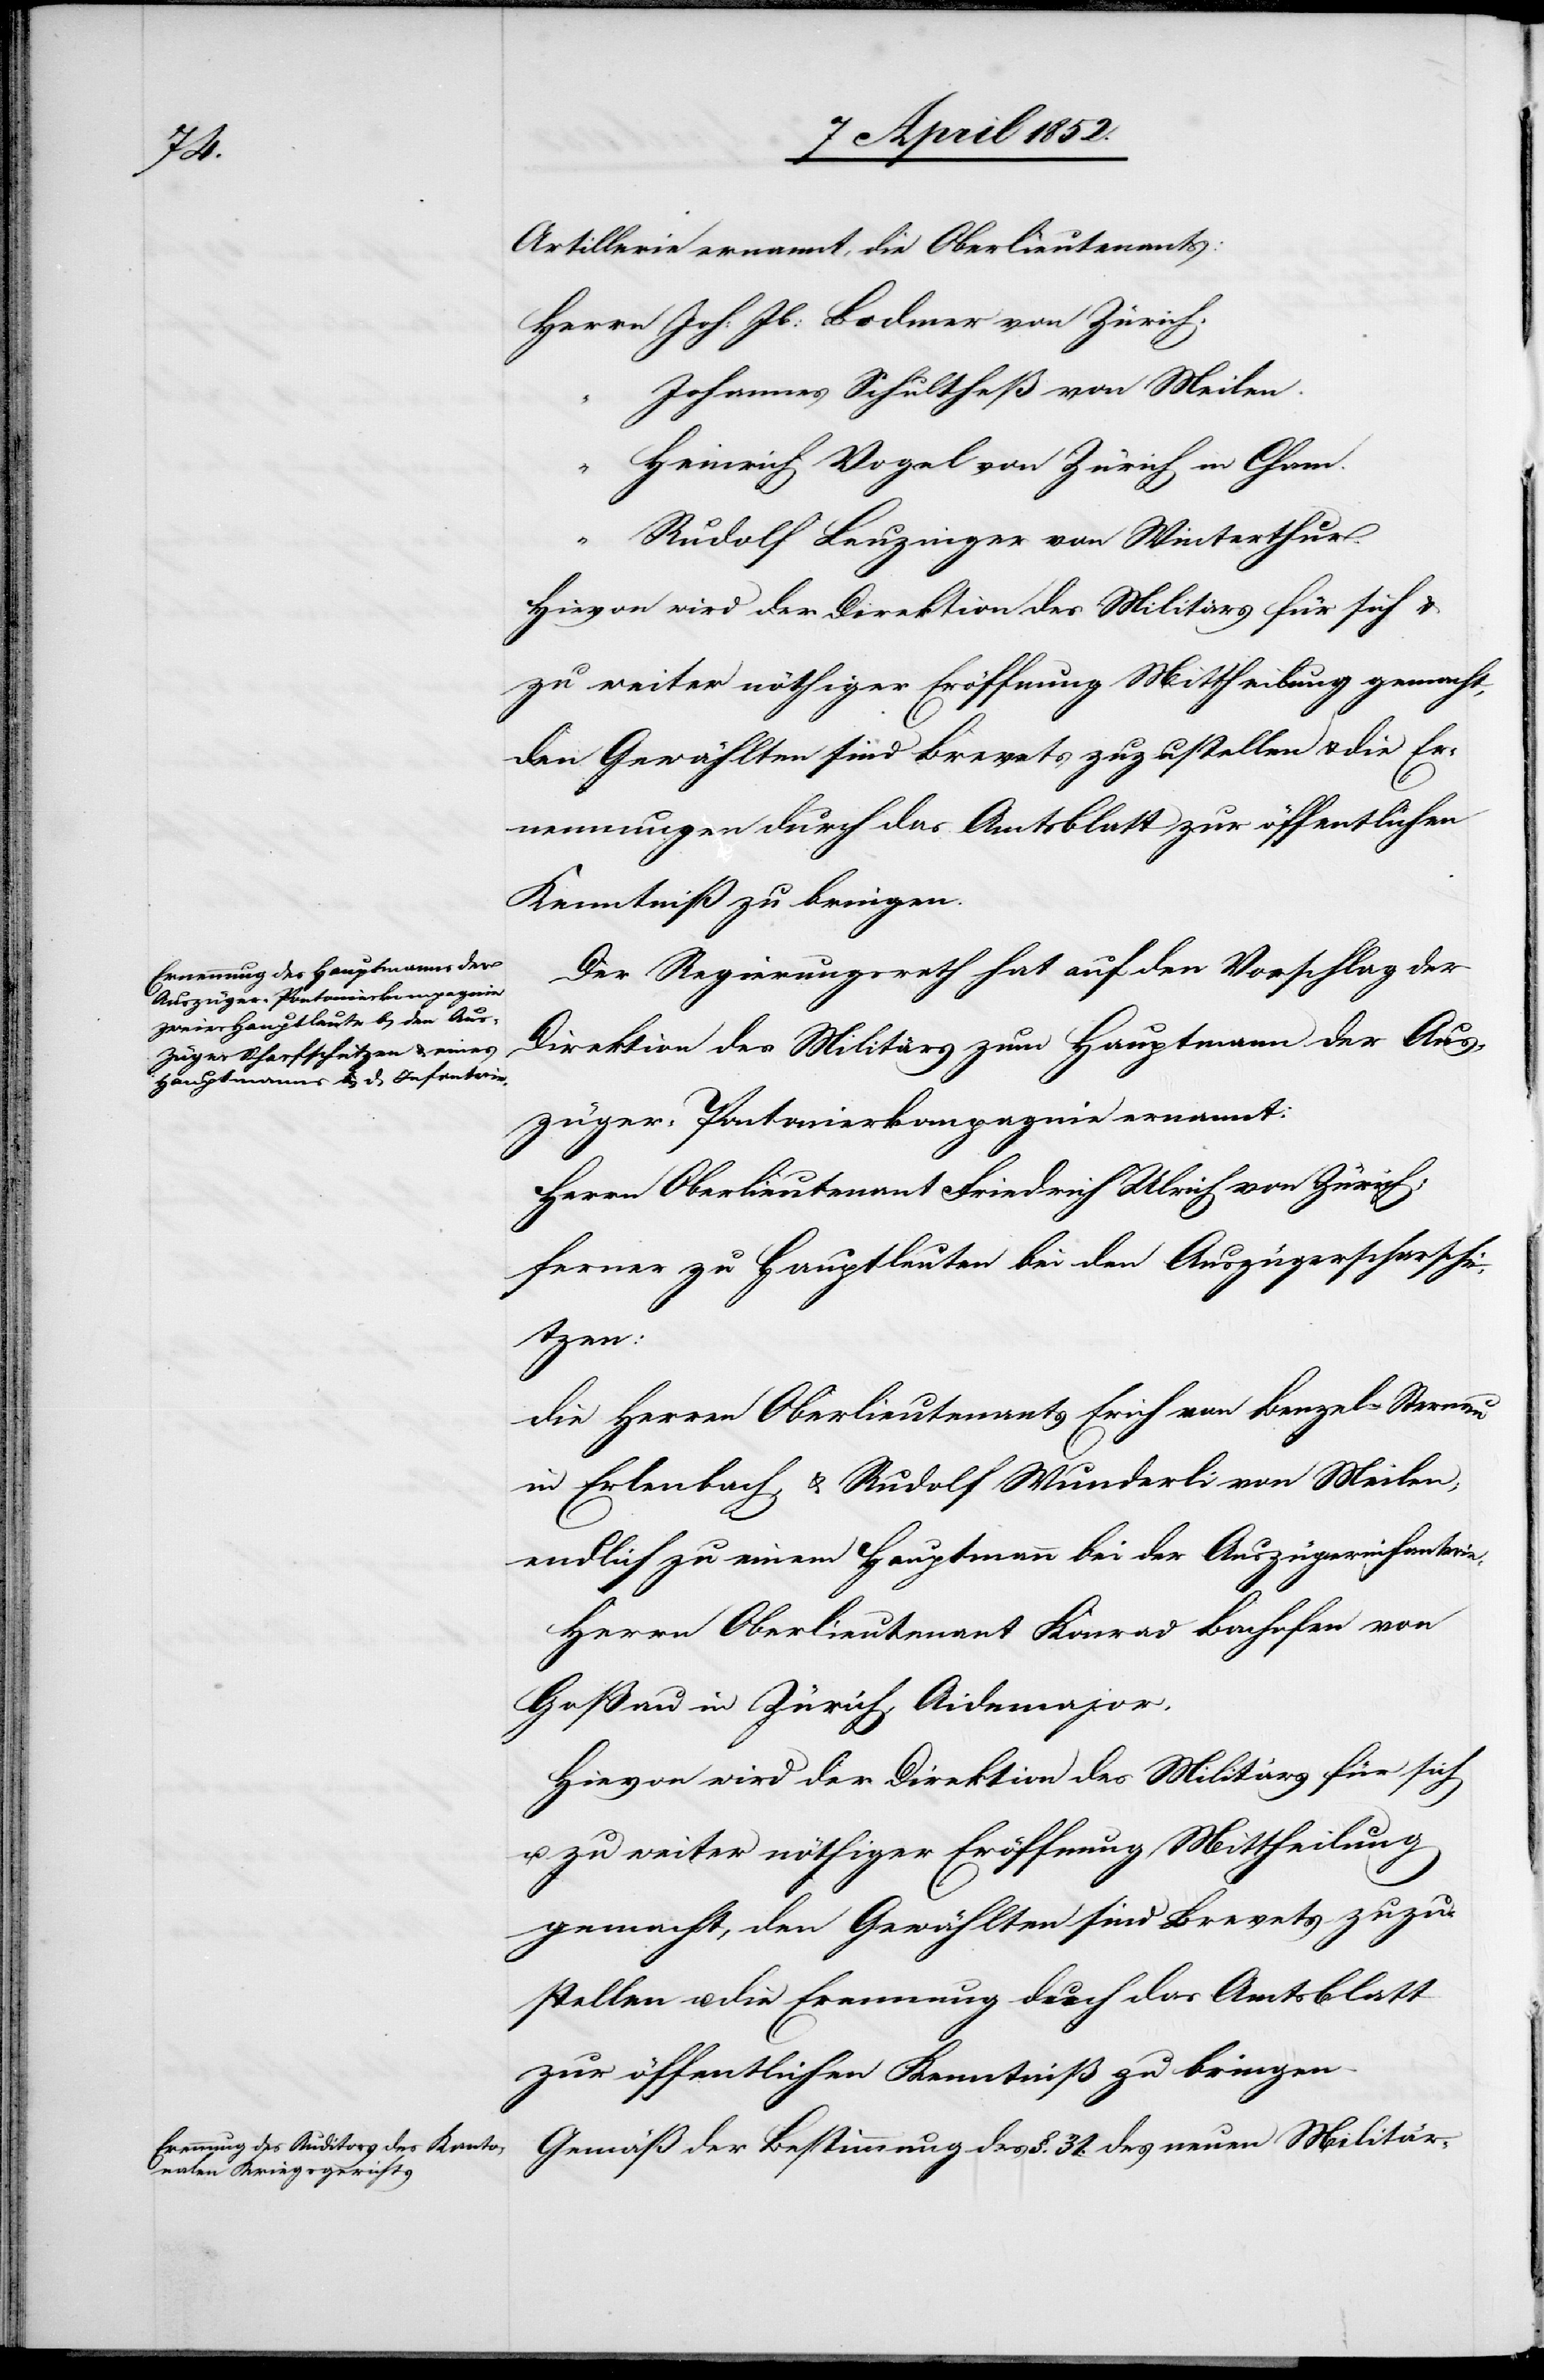
Zürich.

Artillerie ernannt, die Oberlieutenants:
Johannes Schultheß von Meilen.
Heinrich Vogel von Zürich in Cham.
Rudolf Leuzinger von Winterthur.
Hievon wird der Direktion des Militärs für sich u.
zu weiter nöthiger Eröffnung Mittheilung gemacht,
den Gewählten sind Brevets zuzustellen u. die Er¬
nennungen durch das Amtsblatt zur öffentlichen
Kenntniß zu bringen.
Der Regierungsrath hat auf den Vorschlag der
Direktion des Militärs zum Hauptmann der Aus¬
züger-Pontonierkompagnie ernannt:
Herrn Oberlieutenant Friedrich Ulrich von Zürich;
ferner zu Hauptleuten bei den Auszügerschar[f]schüt¬
zen:
die Herren Oberlieutenants Erich von Benzel-Sternau
in Erlenbach, & Rudolf Wunderli von Meilen;
endlich zu einem Hauptmann bei der Auszügerinfanterie:
Herrn Oberlieutenant Konrad Bachofen von
Goßau in Zürich, Aidemajor.
Gemäß der Bestimmung des §. 31. des neuen Militär-